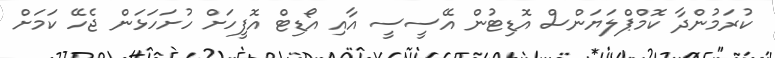
ކުރަމުންދާ ކޮމްޕްލަޔަންސް އޮޑިޓުން އޭސީސީ އާއި އޯޑިޓް އޮފީހަށް ހުށަހަޅަން ޖެހޭ ކަމަށް